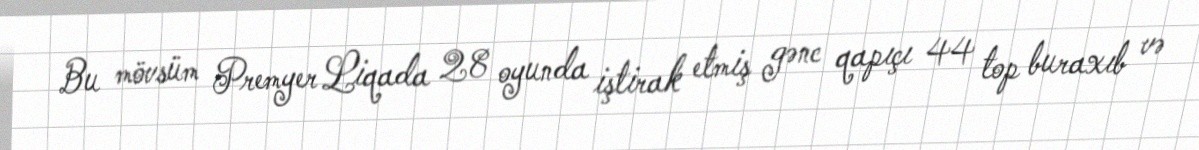
Bu mövsüm Premyer Liqada 28 oyunda iştirak etmiş gənc qapıçı 44 top buraxıb və